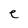
Character: e